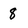
Character: 8